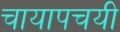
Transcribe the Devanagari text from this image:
चायापचयी